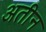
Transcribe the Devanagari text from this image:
अतीन